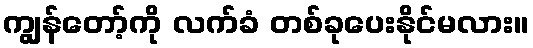
ကျွန်တော့်ကို လက်ခံ တစ်ခုပေးနိုင်မလား။